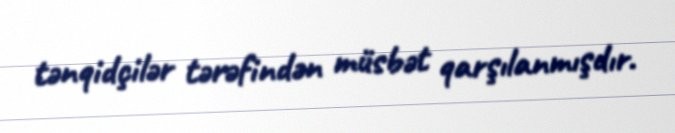
tənqidçilər tərəfindən müsbət qarşılanmışdır.